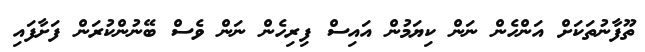
ތޫފާނުތަކަށް އަންހެން ނަން ކިޔަމުން އައިސް ފިރިހެން ނަން ވެސް ބޭނުންކުރަން ފަށާފައި